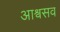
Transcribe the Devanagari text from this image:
आश्वसव